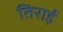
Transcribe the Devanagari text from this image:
तिराई